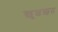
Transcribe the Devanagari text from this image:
ख़ुशख़त